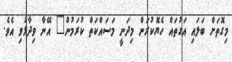
މިގޮތަށް ބަލައި އަގުތައް ހެޔޮކުރަން މިދަނީ މަސައްކަތް ކުރަމުން" އޭނާ ވިދާޅުވި އެވެ.